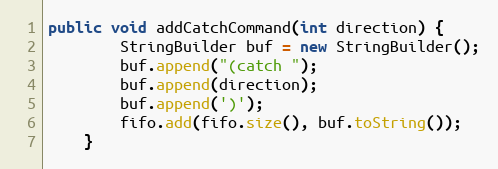
Language: Java
public void addCatchCommand(int direction) {
        StringBuilder buf = new StringBuilder();
        buf.append("(catch ");
        buf.append(direction);
        buf.append(')');
        fifo.add(fifo.size(), buf.toString());
    }